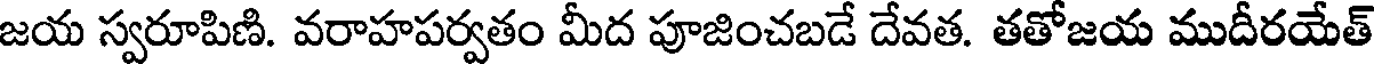
జయ స్వరూపిణి. వరాహపర్వతం మీద పూజించబడే దేవత. తతోజయ ముదీరయేత్